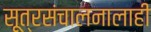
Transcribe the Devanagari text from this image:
सूत्रसंचालनालाही